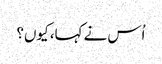
اُس نے کہا، کیوں؟